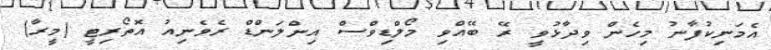
އެމަނިކުފާނު މިހެން ވިދާޅުވީ ރޭ ބޭއްވި މޯލްޑިވްސް އިންލަންޑް ރެވެނިއު އޮތޯރިޓީ (މީރާ)